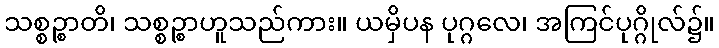
သစ္စဉ္စာတိ၊ သစ္စဉ္စာဟူသည်ကား။ ယမှိပန ပုဂ္ဂလေ၊ အကြင်ပုဂ္ဂိုလ်၌။